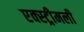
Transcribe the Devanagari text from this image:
एक्स्ट्रीमली